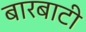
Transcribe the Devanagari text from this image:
बारबाटी